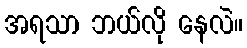
အရသာ ဘယ်လို နေလဲ။